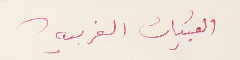
القبيات الغربيه